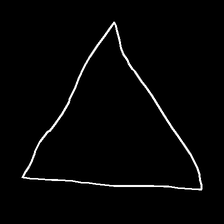
Glyph: convergence